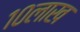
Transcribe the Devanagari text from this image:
१०लाख